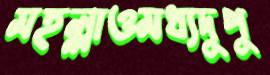
মহল্লাওমধ্যদুপু